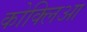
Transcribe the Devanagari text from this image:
कोक्लिआ